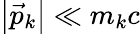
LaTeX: \left|\vec{p}_{k}\right|\ll m_{k}c